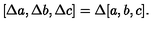
\lbrack \Delta a , \Delta b , \Delta c ] = \Delta [ a , b , c ] .